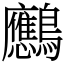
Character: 𪈠